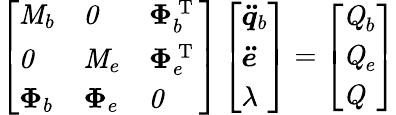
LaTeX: \left[\begin{array}{lll}{\textbf{\textit{M}}_{b}}&{\textbf{\textit{0}}}&{\boldsymbol{\Phi}_{b}^{\mathrm{~T~}}}\\ {\textbf{\textit{0}}}&{\textbf{\textit{M}}_{e}}&{\boldsymbol{\Phi}_{e}^{\mathrm{~T~}}}\\ {\boldsymbol{\Phi}_{b}}&{\boldsymbol{\Phi}_{e}}&{\textbf{\textit{0}}}\end{array}\right]\left[\begin{array}{l}{\boldsymbol{\ddot{q}}_{b}}\\ {\boldsymbol{\ddot{e}}}\\ {\lambda}\end{array}\right]=\left[\begin{array}{l}{\textbf{\textit{Q}}_{b}}\\ {\textbf{\textit{Q}}_{e}}\\ {\textbf{\textit{Q}}}\end{array}\right]